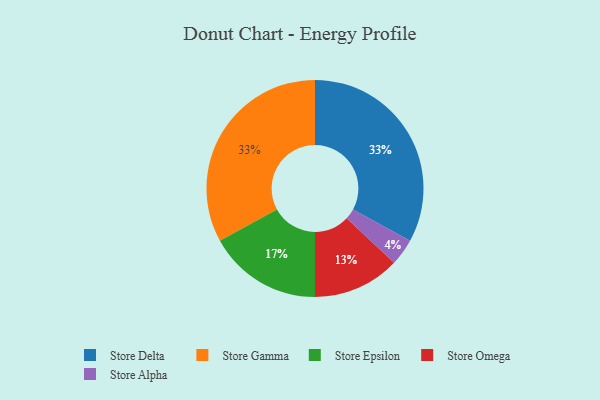
{"axis": {"x": "Category", "y": "Percentage"}, "legend": ["Store Alpha", "Store Delta", "Store Epsilon", "Store Gamma", "Store Omega"], "data": [{"x": "Store Omega", "y": 13, "type": "Store Omega"}, {"x": "Store Delta", "y": 33, "type": "Store Delta"}, {"x": "Store Epsilon", "y": 17, "type": "Store Epsilon"}, {"x": "Store Alpha", "y": 4, "type": "Store Alpha"}, {"x": "Store Gamma", "y": 33, "type": "Store Gamma"}]}